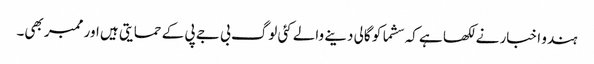
ہندو اخبار نے لکھا ہے کہ سشما کو گالی دینے والے کئی لوگ بی جے پی کے حمایتی ہیں اور ممبر بھی۔